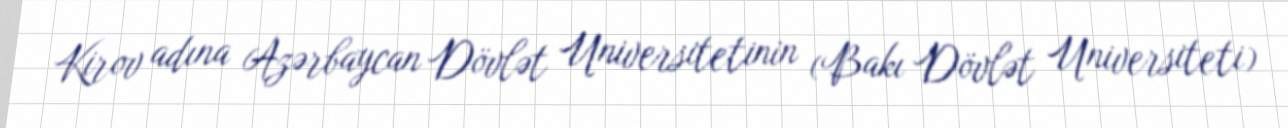
Kirov adına Azərbaycan Dövlət Universitetinin (Bakı Dövlət Universiteti)